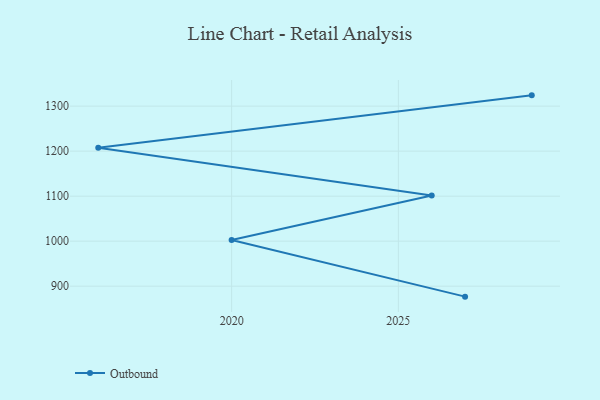
{"axis": {"x": "Year", "y": "Active Users"}, "legend": ["Outbound"], "data": [{"x": "2029", "y": 1323.9, "type": "Outbound"}, {"x": "2016", "y": 1207.5, "type": "Outbound"}, {"x": "2026", "y": 1101.4, "type": "Outbound"}, {"x": "2020", "y": 1002.8, "type": "Outbound"}, {"x": "2027", "y": 876.8, "type": "Outbound"}]}